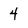
Character: 4